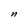
Character: n